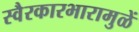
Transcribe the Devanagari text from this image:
स्वैरकारभारामुळें